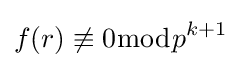
f(r)\not \equiv 0{\bmod {p}}^{k+1}